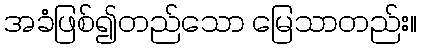
အခံဖြစ်၍တည်သော မြေသာတည်း။